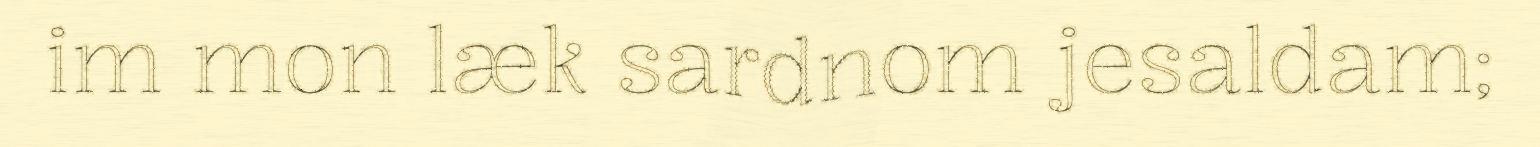
im mon læk sardnom jesaldam;